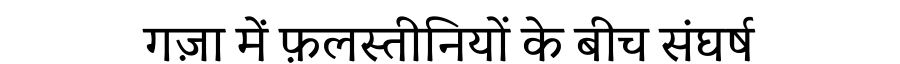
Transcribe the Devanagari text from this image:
गज़ा में फ़लस्तीनियों के बीच संघर्ष